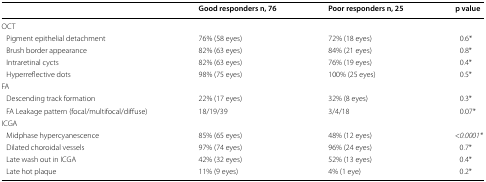
|  | Good responders n, 76 | Poor responders n, 25 | p value |
 | --- | --- | --- | --- |
 | <COLSPAN=4> OCT |
 | Pigment epithelial detachment | 76% (58 eyes) | 72% (18 eyes) | 0.6* |
 | Brush border appearance | 82% (63 eyes) | 84% (21 eyes) | 0.8* |
 | Intraretinal cycts | 82% (63 eyes) | 76% (19 eyes) | 0.4* |
 | Hyperreflective dots | 98% (75 eyes) | 100% (25 eyes) | 0.5* |
 | <COLSPAN=4> FA |
 | Descending track formation | 22% (17 eyes) | 32% (8 eyes) | 0.3* |
 | FA Leakage pattern (focal/multifocal/diffuse) | 18/19/39 | 3/4/18 | 0.07* |
 | <COLSPAN=4> ICGA |
 | Midphase hypercyanescence | 85% (65 eyes) | 48% (12 eyes) | <0.0001* |
 | Dilated choroidal vessels | 97% (74 eyes) | 96% (24 eyes) | 0.7* |
 | Late wash out in ICGA | 42% (32 eyes) | 52% (13 eyes) | 0.4* |
 | Late hot plaque | 11% (9 eyes) | 4% (1 eye) | 0.2* |